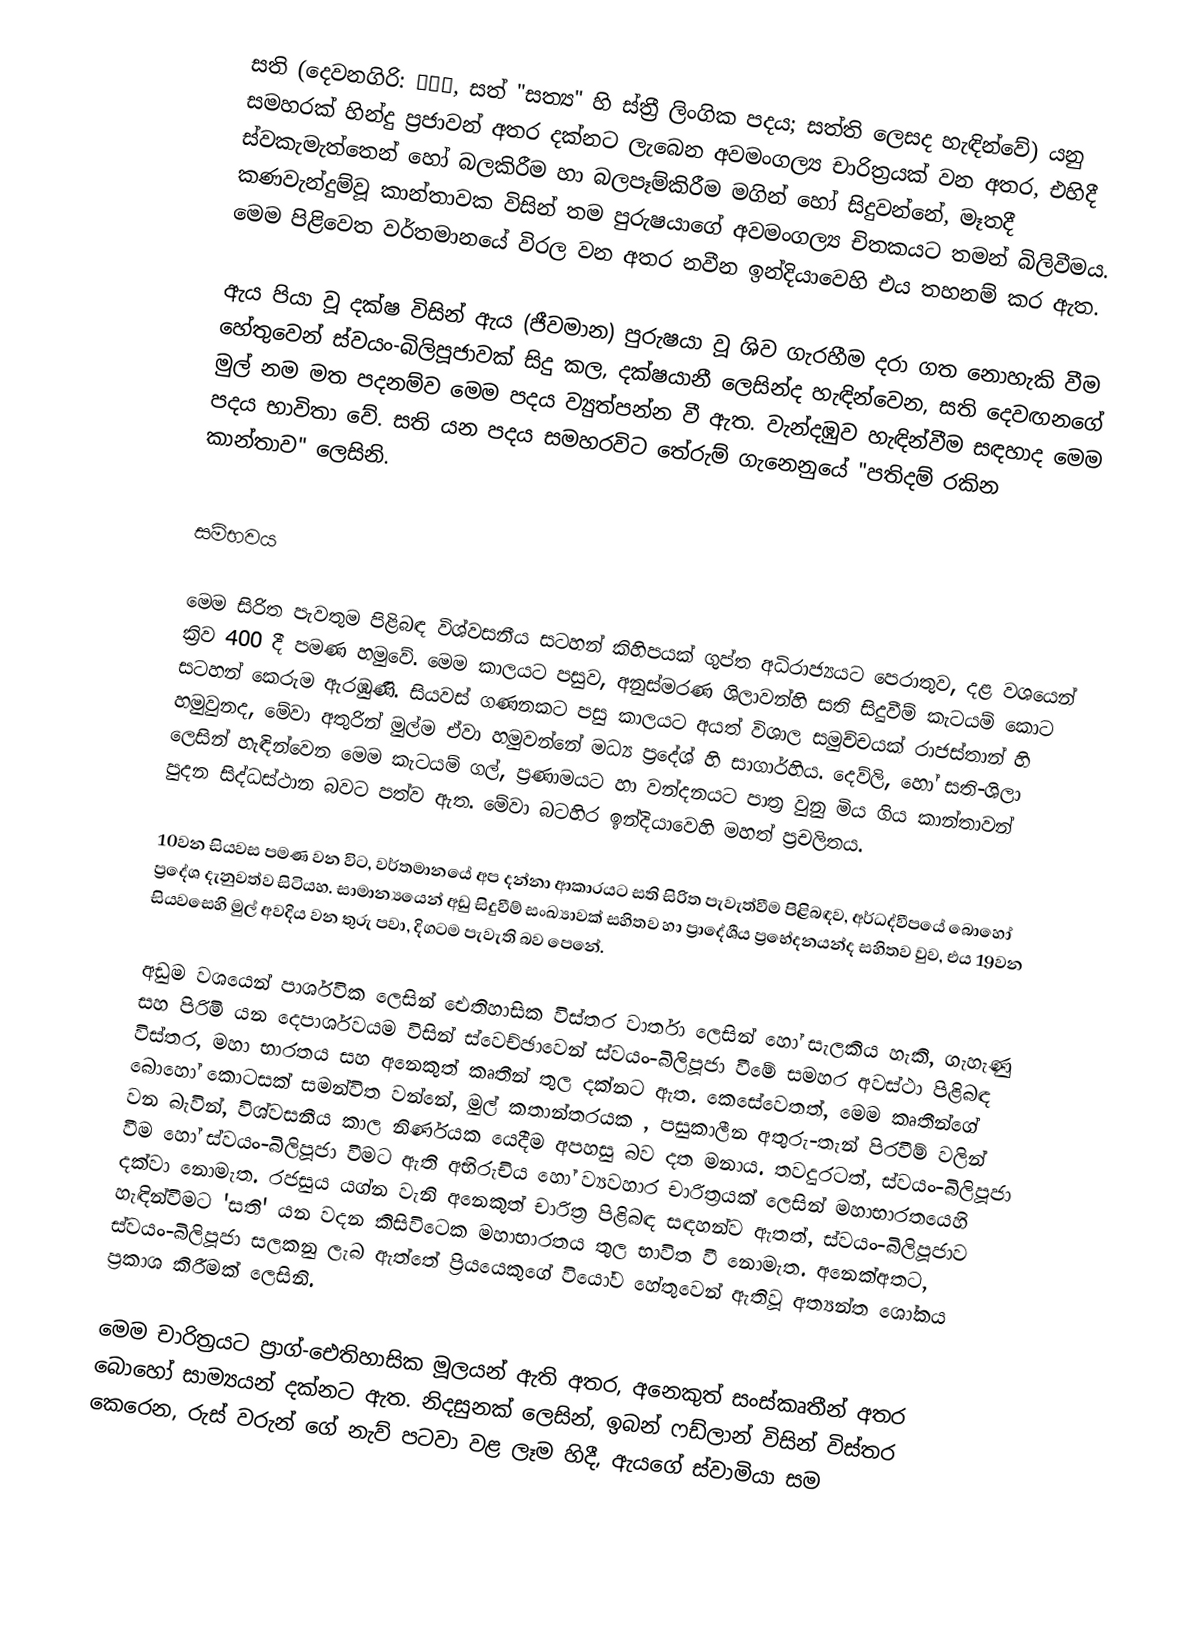
සති (දෙවනගිරි: सती, සත් "සත්‍ය" හි ස්ත්‍රී ලිංගික පදය; සත්ති ලෙසද හැඳින්වේ) යනු සමහරක්  හින්දු ප්‍රජාවන් අතර දක්නට ලැබෙන  අවමංගල්‍ය චාරිත්‍රයක් වන අතර, එහිදී  ස්වකැමැත්තෙන් හෝ බලකිරීම හා බලපෑම්කිරීම මගින්  හෝ සිදුවන්නේ, මෑතදී කණවැන්දුම්වූ  කාන්තාවක විසින් තම පුරුෂයා‍ගේ අවමංගල්‍ය  චිතකයට තමන් බිලිවීමය.  මෙම පිළිවෙත වර්තමානයේ විරල වන අතර නවීන ඉන්දියාවෙහි එය තහනම් කර ඇත.

ඇය පියා වූ  දක්ෂ විසින් ඇය  (ජීවමාන) පුරුෂයා වූ  ශිව ගැරහීම දරා ගත නොහැකි වීම හේතුවෙන් ස්වයං-බිලිපූජාවක් සිදු කල, දක්ෂයානී ලෙසින්ද හැඳින්වෙන,  සති  දෙවඟනගේ මුල් නම මත පදනම්ව මෙම පදය ව්‍යුත්පන්න වී ඇත. වැන්දඹුව හැඳින්වීම සඳහාද මෙම පදය භාවිතා වේ.  සති යන පදය සමහරවිට තේරුම් ගැනෙනුයේ "පතිදම් රකින කාන්තාව" ලෙසිනි.

සම්භවය

මෙම සිරිත පැවතුම පිළිබඳ විශ්වසනීය සටහන් කිහිපයක් ගුප්ත  අධිරාජ්‍යය‍ට පෙරාතුව, දළ වශයෙන් ක්‍රිව 400 දී පමණ හමුවේ. මෙම කාලයට පසුව, අනුස්මරණ ශිලාවන්හි සති සිදුවීම් කැටයම් කොට සටහන් කෙරුම ඇරඹුණි. සියවස් ගණනකට පසු කාලයට අයත් විශාල සමුච්චයක් රාජස්තාන් හි හමුවුනද, මේවා අතුරින් මුල්ම ඒවා හමුවන්නේ  මධ්‍ය  ප්‍රදේශ් හි සාගාර්හිය. දෙව්ලි, හෝ සති-ශිලා ලෙසින් හැඳින්වෙන මෙම කැටයම් ගල්, ප්‍රණාමයට හා වන්දනයට පාත්‍ර වුනු මිය ගිය කාන්තාවන් පුදන සිද්ධස්ථාන බවට පත්ව ඇත. මේවා බටහිර ඉන්දියාවෙහි මහත් ප්‍රචලිතය.

10වන සියවස පමණ වන විට, වර්තමානයේ අප දන්නා ආකාරයට සති සිරිත පැවැත්වීම පිළිබඳව, අර්ධද්වීපයේ බොහෝ ප්‍රදේශ දැනුවත්ව සිටියහ. සාමාන්‍යයෙන් අඩු සිදුවීම් සංඛ්‍යාවක් සහිතව හා ප්‍රාදේශීය ප්‍රභේදනයන්ද සහිතව වුව, එය 19වන සියවසෙහි මුල් අවදිය වන තුරු පවා, දිගටම පැවැති බව පෙනේ.

අඩුම වශයෙන් පාර්ශවික ලෙසින් ඓතිහාසික විස්තර වාර්තා ලෙසින් හෝ සැලකිය හැකි, ගැහැණු සහ පිරිමි යන දෙපාර්ශවයම විසින් ස්වෙච්ඡාවෙන් ස්වයං-බිලිපූජා වීමේ සමහර  අවස්ථා පිළිබඳ විස්තර, මහා භාරතය සහ අනෙකුත් කෘතීන් තුල දක්නට  ඇත. කෙසේවෙතත්, මෙම කෘතීන්ගේ බොහෝ කොටසක් සමන්විත වන්නේ,  මුල් කතාන්තරයක , පසුකාලීන අතුරු-තැන් පිරවීම් වලින් වන බැවින්, විශ්වසනීය කාල නිර්ණයක යෙදීම අපහසු බව දත මනාය. තවදුරටත්, ස්වයං-බිලිපූජා වීම හෝ ස්වයං-බිලිපූජා වීමට ඇති අභිරුචිය හෝ ව්‍යවහාර චාරිත්‍රයක් ලෙසින් මහාභාරතයෙහි දක්වා නොමැත. රජසුය යග්න වැනි අනෙකුත් චාරිත්‍ර පිළිබඳ සඳහන්ව ඇතත්, ස්වයං-බිලිපූජාව හැඳින්වීමට  'සති' යන වදන කිසිවිටෙක මහාභාරතය තුල භාවිත වී නොමැත. අනෙක්අතට, ස්වයං-බිලිපූජා  සලකනු ලැබ ඇත්තේ ප්‍රියයෙකුගේ වියෝව හේතුවෙන් ඇතිවූ අත්‍යන්ත ශෝකය ප්‍රකාශ කිරීමක් ලෙසිනි.

මෙම චාරිත්‍රයට ප්‍රාග්-ඓතිහාසික මූලයන් ඇති අතර, අනෙකුත් සංස්කෘතීන් අතර බොහෝ සාම්‍යයන් ‍දක්නට ඇත. නිදසුනක් ලෙසින්, ඉබන් ෆඩ්ලාන් විසින් විස්තර කෙරෙන, රුස් වරුන් ගේ නැව් පටවා වළ ලෑම හිදී,  ඇයගේ ස්වාමියා සම